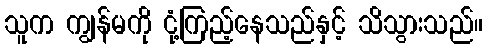
သူက ကျွန်မကို ငုံ့ကြည့်နေသည်နှင့် သိသွားသည်။